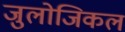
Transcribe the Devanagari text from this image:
जुलोजिकल